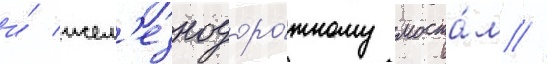
и́ жел'езнодоро́жному моста́м //